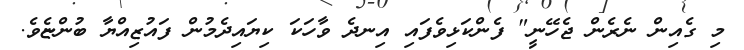
މި ގެއިން ނެރެން ޖެހޭނީ" ފެންކަޅިވެފައި އިނދެ ވާހަކަ ކިޔައިދެމުން ފައުޒިއްޔާ ބުންޏެވެ.